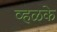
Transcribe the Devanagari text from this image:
व्हळके